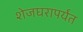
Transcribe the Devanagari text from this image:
शेजघरापर्यंत